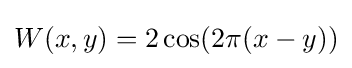
W(x,y)=2\cos(2\pi (x-y))